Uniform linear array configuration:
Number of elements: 48
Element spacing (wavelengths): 0.25
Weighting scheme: blackman
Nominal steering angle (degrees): -30
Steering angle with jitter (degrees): -30.542
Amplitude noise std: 0.05
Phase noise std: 0.05

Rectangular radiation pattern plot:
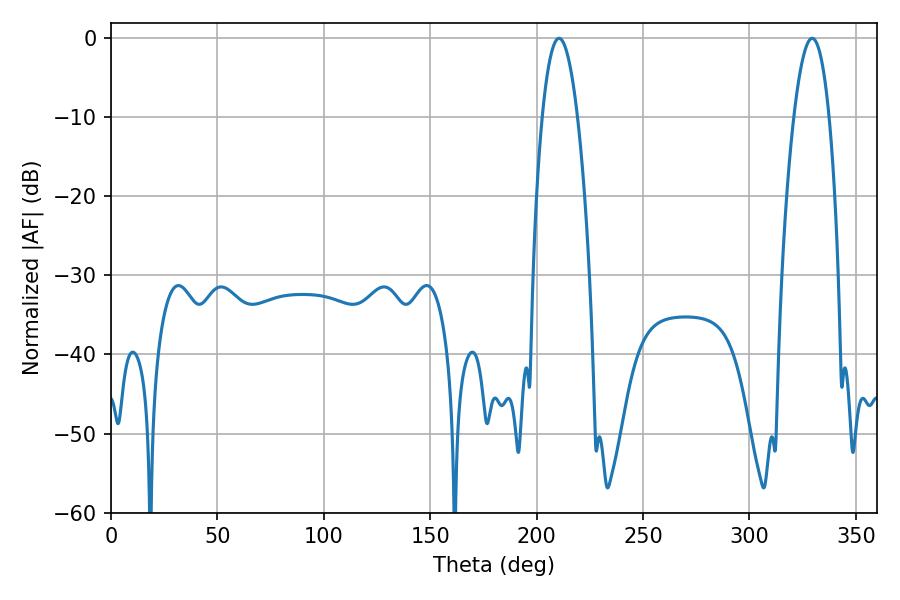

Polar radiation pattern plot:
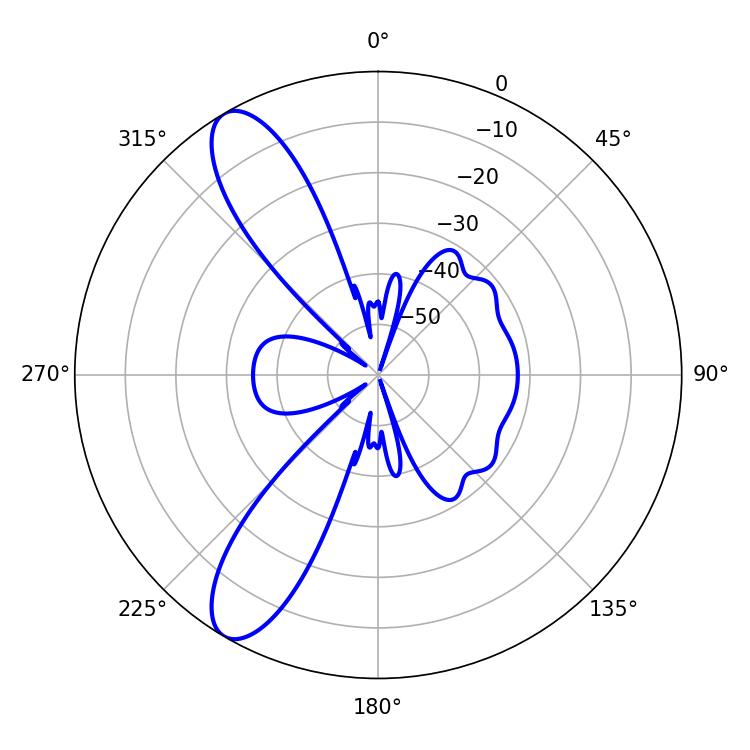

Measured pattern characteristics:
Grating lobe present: FALSE
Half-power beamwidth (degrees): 9.18
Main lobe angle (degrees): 210.6